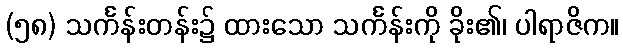
(၅၈) သင်္ကန်းတန်း၌ ထားသော သင်္ကန်းကို ခိုး၏၊ ပါရာဇိက။